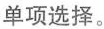
单项选择.